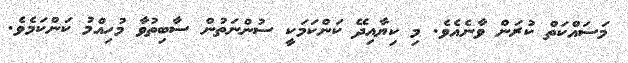
މަސައްކަތް ކުރަން ވާނެއެވެ. މި ކިޔާއިދޭ ކަންކަމަކީ ސުންނަތުން ސާބިތުވާ މުހިއްމު ކަންކަމެވެ.